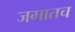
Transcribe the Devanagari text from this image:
जगातच